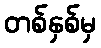
တစ်နှစ်မှ